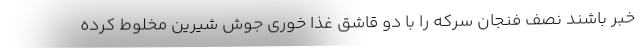
خبر باشند نصف فنجان سرکه را با دو قاشق غذا خوری جوش شیرین مخلوط کرده